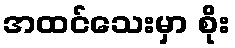
အထင်သေးမှာ စိုး